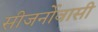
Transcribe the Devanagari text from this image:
सीजर्नोवासी